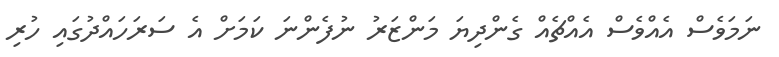
ނަމަވެސް އެއްވެސް އެއްޗެއް ގެންދިޔަ މަންޒަރު ނުފެންނަ ކަމަށް އެ ސަރަހައްދުގައި ހުރި